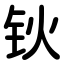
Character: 钬